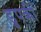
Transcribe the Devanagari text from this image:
डुपकी